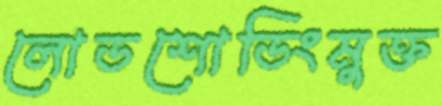
লোডশোডিংমুক্ত